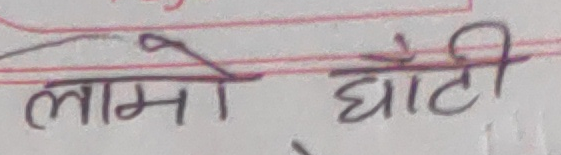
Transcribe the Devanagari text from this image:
लामो घाँटी